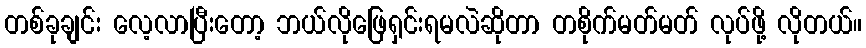
တစ်ခုချင်း လေ့လာပြီးတော့ ဘယ်လိုဖြေရှင်းရမလဲဆိုတာ တစိုက်မတ်မတ် လုပ်ဖို့ လိုတယ်။